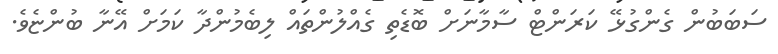
ސަބަބުން ގެންގުޅޭ ކަރަންޓް ސާމާނަށް ބޮޑެތި ގެއްލުންތައް ލިބެމުންދާ ކަމަށް އޭނާ ބުންޏެވެ.